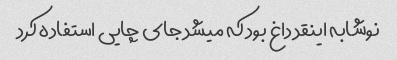
نوشابه اینقد داغ بود که میشد جای چایی استفاده کرد